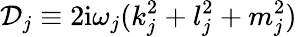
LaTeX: \mathcal{D}_{j}\equiv 2\textnormal{i}\omega_{j}(k_{j}^{2}+l_{j}^{2}+m_{j}^{2})